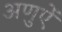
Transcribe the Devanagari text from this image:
अणुऐं